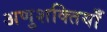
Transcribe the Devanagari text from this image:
अणुशक्तियाँ